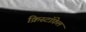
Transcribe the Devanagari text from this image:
क्रिस्टॉफ़ेल